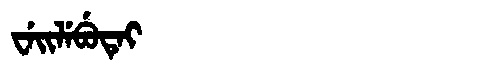
Manchu: ᠸᡝᡳᠯᡝᠪᡠᡨᡝᡳ
Romanization: WEILEBUTEI